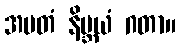
အမတံ နိဗ္ဘယံ ဂတာ။